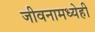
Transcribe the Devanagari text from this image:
जीवनामध्येही